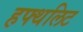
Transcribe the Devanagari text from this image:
हफ्थलिट